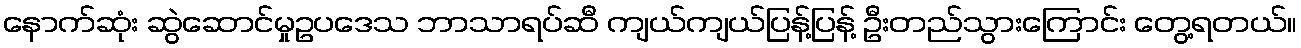
နောက်ဆုံး ဆွဲဆောင်မှုဥပဒေသ ဘာသာရပ်ဆီ ကျယ်ကျယ်ပြန့်ပြန့် ဦးတည်သွားကြောင်း တွေ့ရတယ်။